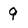
Character: 9